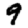
Digit: 9